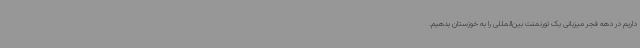
داریم در دهه فجر میزبانی یک تورنمنت بین‌المللی را به خوزستان بدهیم.